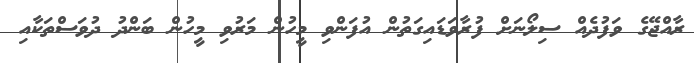
ރާއްޖޭގެ ވަފުދެއް ސިލޯނަށް ފުރާވަޑައިގަތުން އުފަންވި މީހުން މަރުވި މީހުން ބަންދު ދުވަސްތަކާއި